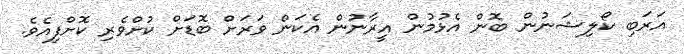
އަރަބި ކޯލިޝަނުން ބޮން އެޅުމުން އީރާނުން އެކަން ވަރަށް ބޮޑަށް ކުށްވެރި ކޮށްފިއެވެ.